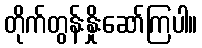
တိုက်တွန်းနှိုးဆော်ကြပါ။